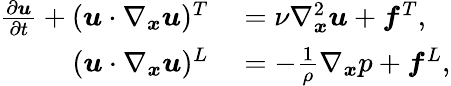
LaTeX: \begin{array}{rl}{\frac{\partial\boldsymbol{u}}{\partial t}+(\boldsymbol{u}\cdot\nabla_{\boldsymbol{x}}\boldsymbol{u})^{T}}&{{}=\nu\nabla_{\boldsymbol{x}}^{2}\boldsymbol{u}+\boldsymbol{f}^{T},}\\ {(\boldsymbol{u}\cdot\nabla_{\boldsymbol{x}}\boldsymbol{u})^{L}}&{{}=-\frac{1}{\rho}\nabla_{\boldsymbol{x}}p+\boldsymbol{f}^{L},}\end{array}